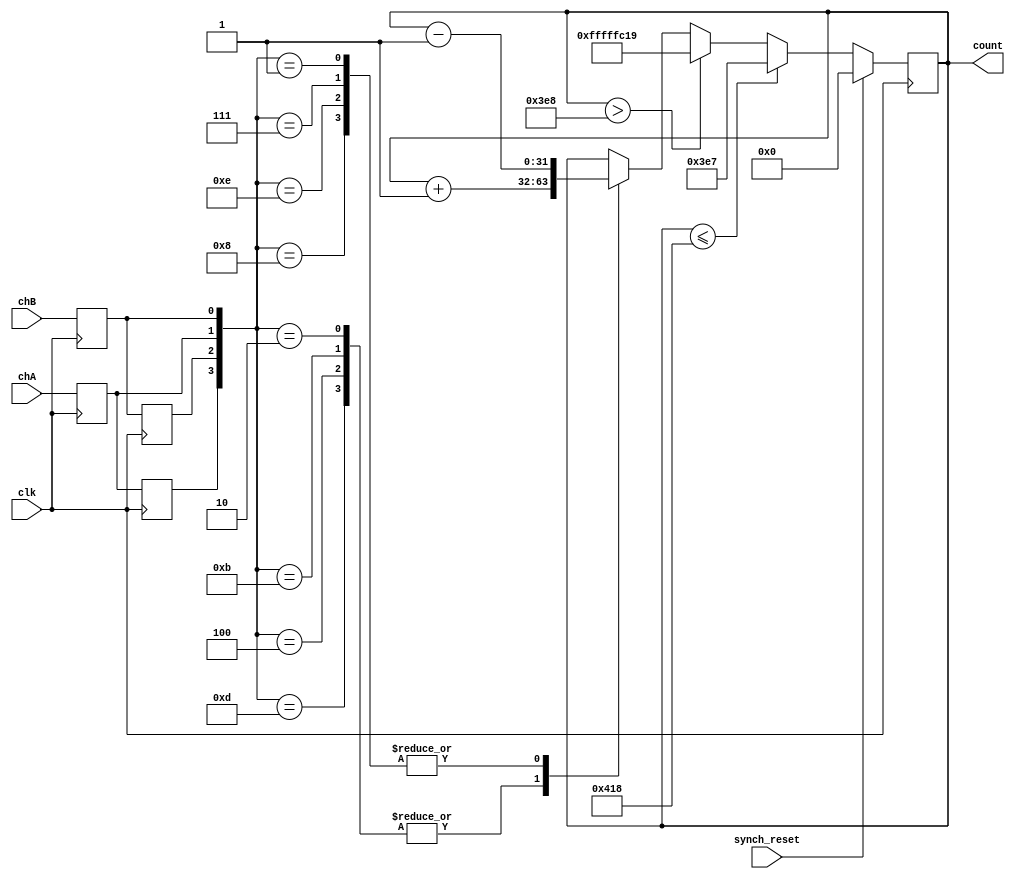
module encoder (
	clk,
	synch_reset,
	chA,
	chB,
	count
);

input clk;
input synch_reset;
input chA;
input chB;
output reg signed [31:0]	count;

reg As, Bs; // synchronised A, B
reg A_prev, B_prev;

always@(posedge clk) begin
	// previous update
	A_prev <= As; B_prev <= Bs;
	// synchroniser with one clock period // metastable settling time
	As <= chA; 
	Bs <= chB;

	if (synch_reset)
		count <= 0;
	else 
	begin
		case({A_prev, B_prev, As, Bs})
		4'b0010, 4'b1011, 4'b0100, 4'b1101:
			count <= count + 1'b1; 
		4'b0001, 4'b0111, 4'b1110, 4'b1000:
			count <= count - 1'b1;
		default: ;// do nothing since double 
		// transition - could flag error here
		endcase
	
		if(count>1000) begin	
			count<=-999;
		end
		if(count<=-1000) begin
			count<=999;	
		end
	end

end

endmodule